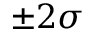
\pm 2 \sigma